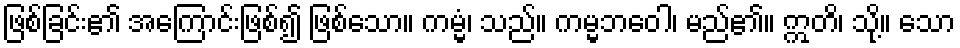
ဖြစ်ခြင်း၏ အကြောင်းဖြစ်၍ ဖြစ်သော။ ကမ္မံ၊ သည်။ ကမ္မဘဝေါ၊ မည်၏။ ဣတိ၊ သို့။ သော